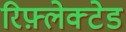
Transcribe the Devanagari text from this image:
रिफ़्लेक्टेड